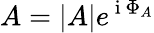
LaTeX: A=|A|e^{\mathrm{~i~}\Phi_{A}}